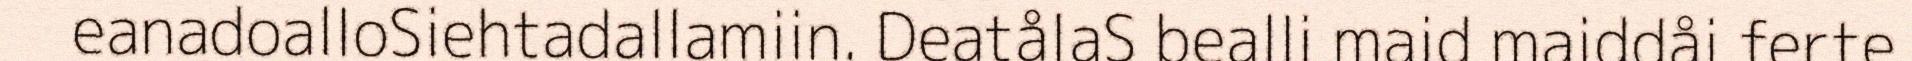
eanadoalloSiehtadallamiin. DeatålaS bealli maid maiddåi ferte